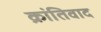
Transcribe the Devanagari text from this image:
क्रांतिवाद